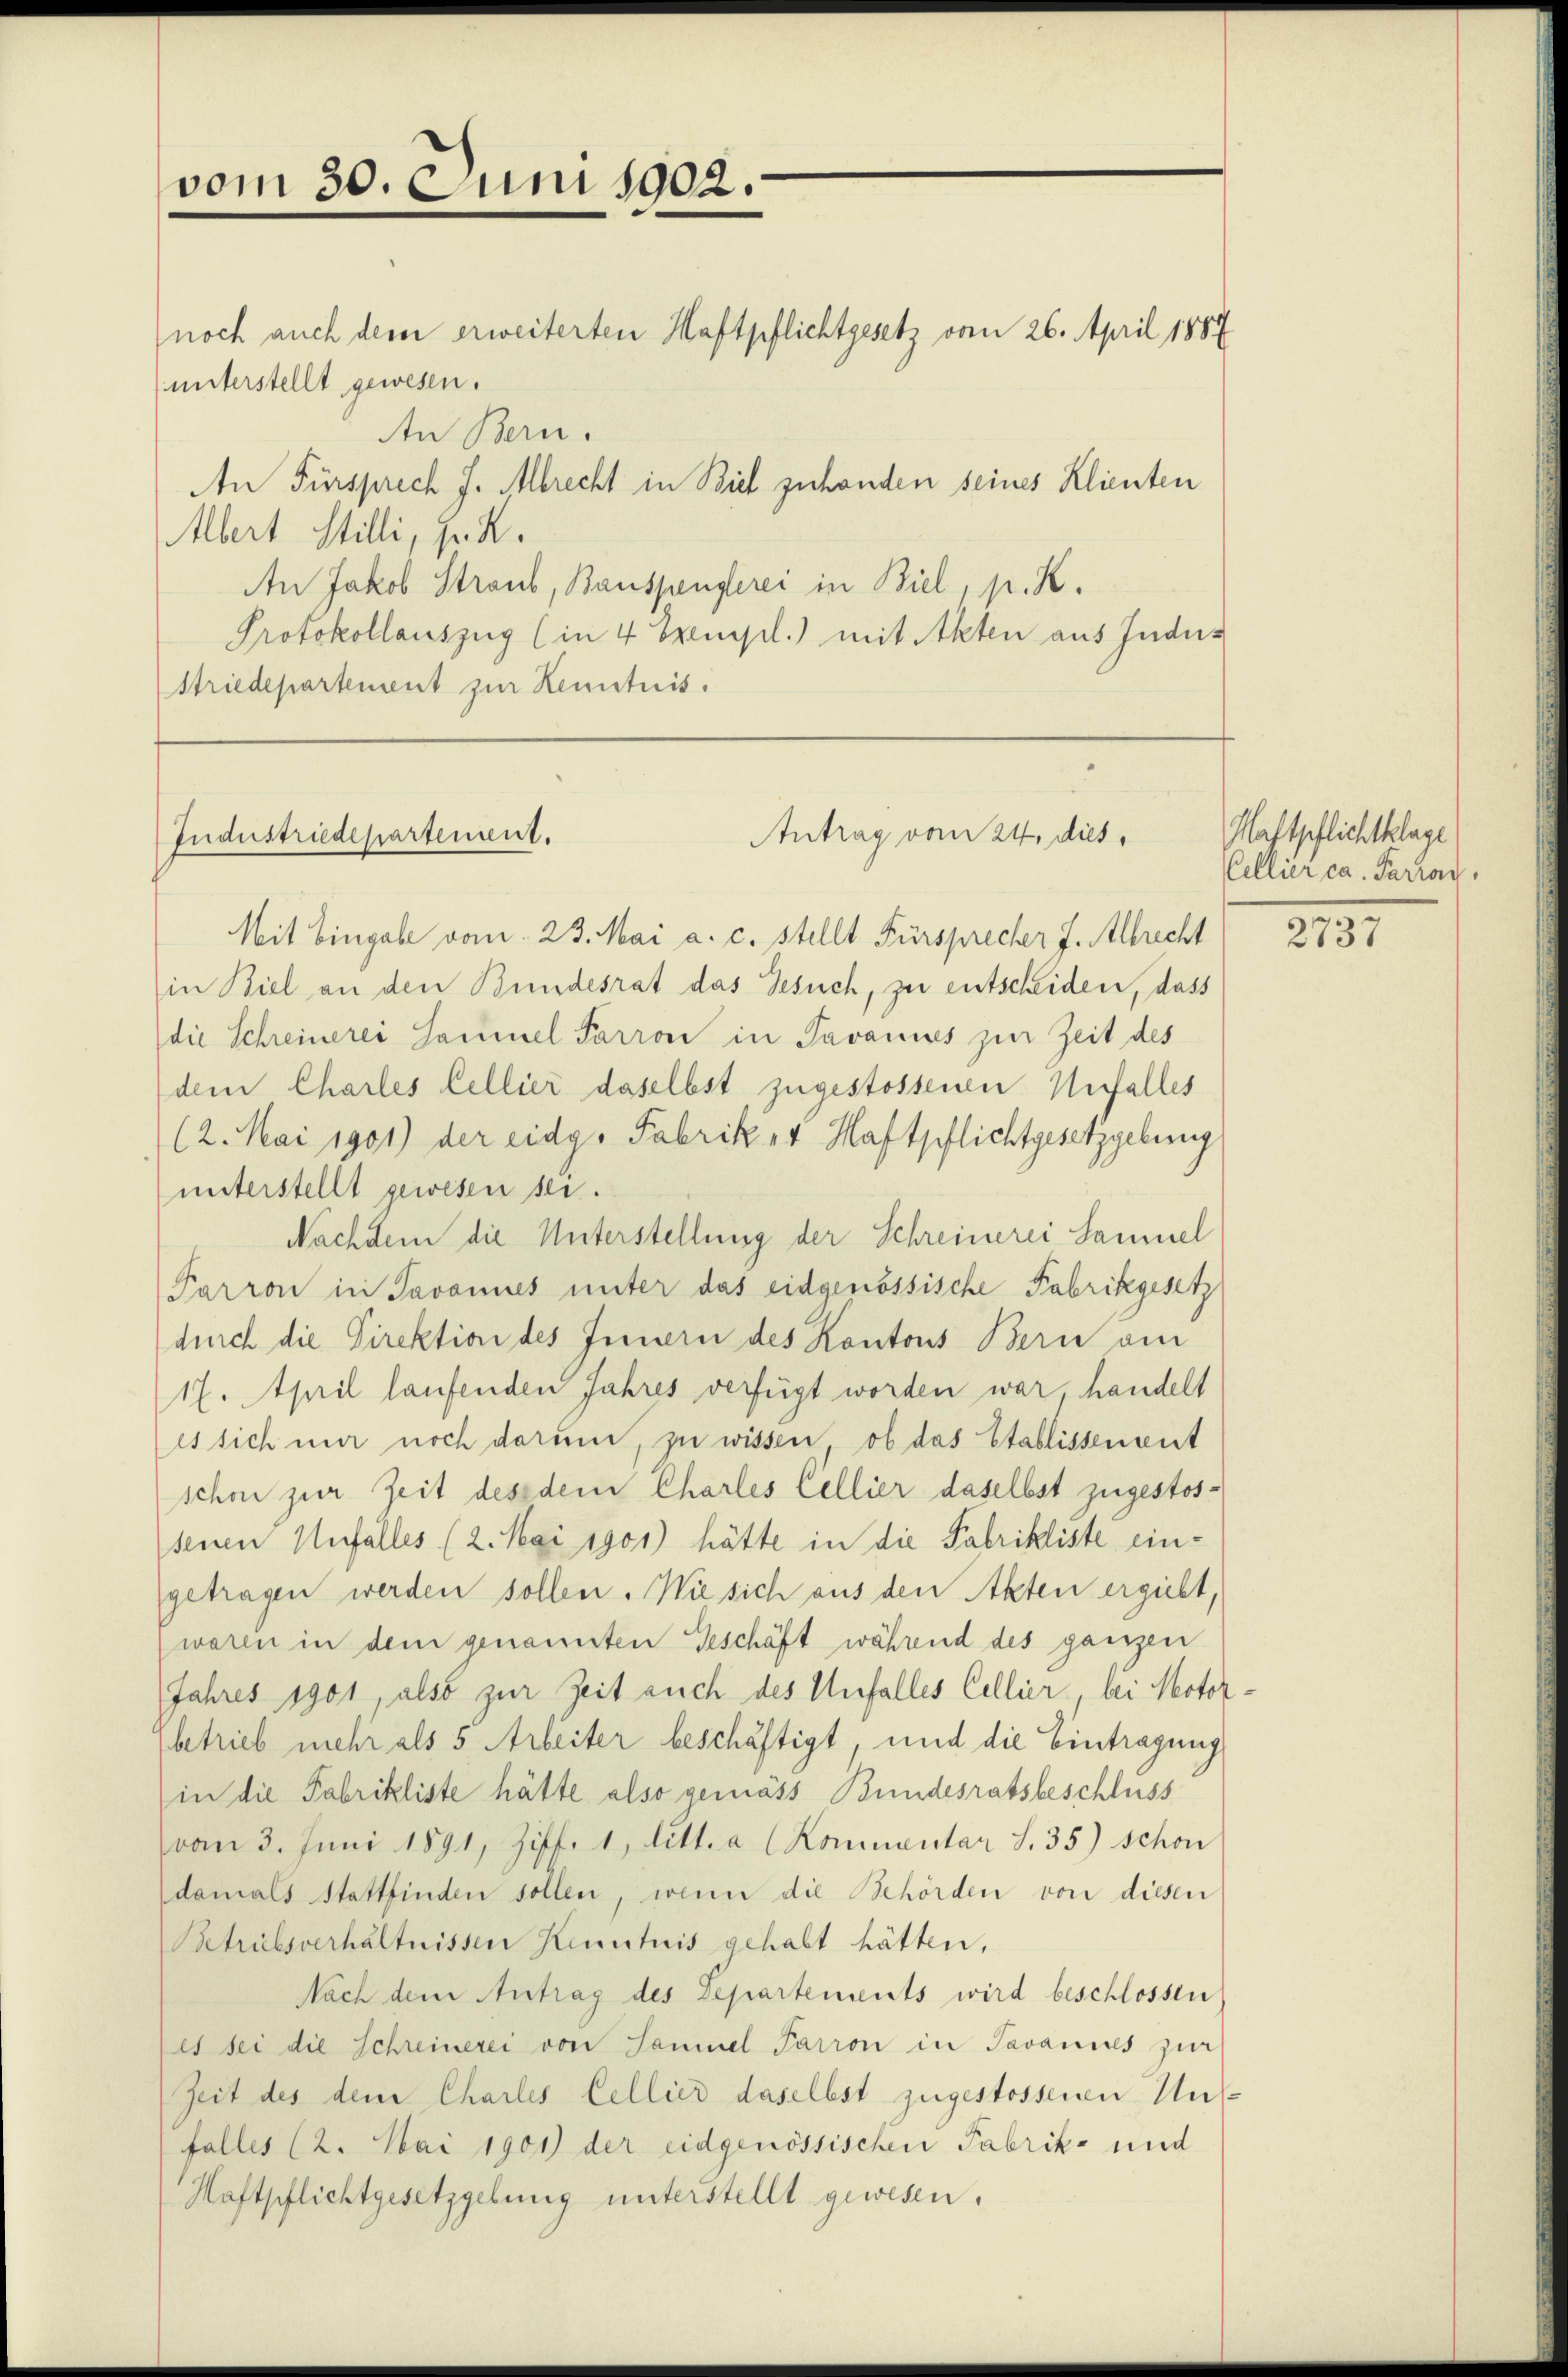
unterstellt gewesen.
An Bern.
An Fürsprech J. Mbrecht in Biel zuhanden seines Klienten
Albert Stilli, pr. K.
An Jakob Straub, Bauspenglerei in Biel, p. K.
Protokollauszug (in 4 Exempl.) mit Akten aus Indus
Striedepartement zur Kenntnis.

vom 30. Juni 1902.

noch auch dem erweiterten Haftpflichtgesetz vom 26. April 1884

Industriedepartement.
Antrag vom 24. dies

Mit Eingabe vom 23. Mai a. c. stellt Fürsprecher J. Albrecht
in Biel an den Bundesrat das Gesuch, zu entscheiden, dass
die Schreinerei Sammel Parron in Tavannes zur Zeit des
dem Charles Cellier daselbst zugestossenen Unfalles
(2. Mai 1901) der eidg. Fabriker Haftpflichtgesetzgebung
unterstellt gewesen sei.
Nachdem die Unterstellung der Schreinerei Sammel
Parron in Javannes unter das eidgenössische Fabrikgesetz
durch die Direktion des Innern des Kantons Bern am
17. April laufenden Jahres verfügt worden war, handelt
es sich nur noch darum, zu wissen, ob das Etablissenent
schon zur Zeit des dem Charles Cellier daselbst zugestos-
senen Unfalles (2. Mai 1901) hätte in die Fabrikliste eingetragen werden sollen. Wie sich aus den Akten ergiebt,
waren in dem genannten Geschäft während des ganzen
Jahres 1901, also zur Zeit auch des Unfalles Collier, bei Motorbetrieb mehr als 5 Arbeiter beschäftigt, und die Eintragung
(in die Fabrikliste hätte also gemäss Bundesratsbeschluss
vom 3. Juni 1891, Ziff. 1, litt. a (Kommentar S. 35) schon
damals Stattfinden sollen, wenn die Behörden von diesen
Betriebsverhältnissen Kenntnis gehabt hätten,
Nach dem Antrag des Departements wird beschlossen
es sei die Schreinerei von Samuel Parron in Savannes zur
Zeit des dem Charles Cellier daselbst zugestossenen Unfalles (2. Mai 1901) der eidgenössischen Fabrik- und
Haftpflichtgesetzgebung unterstellt gewesen.

Haftpflichtklage
Cellier ca. Parrag

2737